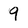
Character: 9